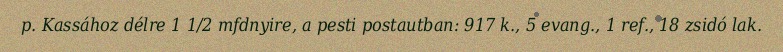
p. Kassához délre 1 1/2 mfdnyire, a pesti postautban: 917 k., 5 evang., 1 ref., 18 zsidó lak.